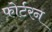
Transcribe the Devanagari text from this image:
फोर्टरन